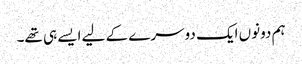
ہم دونوں ایک دوسرے کے لیے ایسے ہی تھے۔